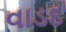
વાડદ